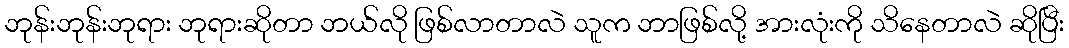
ဘုန်းဘုန်းဘုရား ဘုရားဆိုတာ ဘယ်လို ဖြစ်လာတာလဲ သူက ဘာဖြစ်လို့ အားလုံးကို သိနေတာလဲ ဆိုပြီး